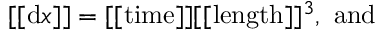
[ [ \mathrm { d } x ] ] = [ [ \mathrm { t i m e } ] ] [ [ \mathrm { l e n g t h } ] ] ^ { 3 } , \ \mathrm { a n d }